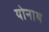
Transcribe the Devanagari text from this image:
योनाथ